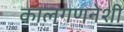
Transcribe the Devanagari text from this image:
कालगणनेशी